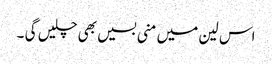
اس لین میں منی بسیں بھی چلیں گی ۔